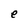
Character: e